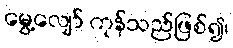
မွေ့လျော် ကုန်သည်ဖြစ်၍၊